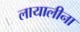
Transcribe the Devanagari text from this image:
लायालीना